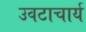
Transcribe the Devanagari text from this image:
उवटाचार्य